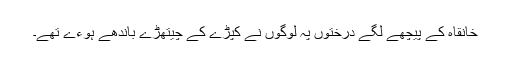
خانقاہ کے پیچھے لگے درختوں پہ لوگوں نے کپڑے کے چیتھڑے باندھے ہوءے تھے۔